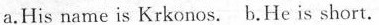
a.His name is Krkonos. b.He is short.